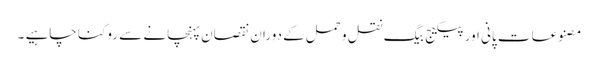
مصنوعات پانی اور پیکیج بیگ نقل و حمل کے دوران نقصان پہنچانے سے روکنا چاہیے ۔